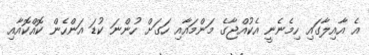
އެ އާއިލާގައި ހިމެނެނީ އެކުއްޖާގެ މަންމައާއި ހަގަށް ހުންނަ ކުޑަ އަންހެން ކޮއްކޮއާއި